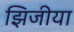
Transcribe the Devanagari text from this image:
झिजीया